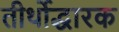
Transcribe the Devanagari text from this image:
तीर्थोद्धारक